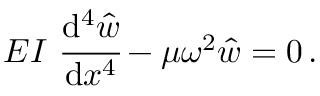
E I ~ { \cfrac { \mathrm { d } ^ { 4 } { \hat { w } } } { \mathrm { d } x ^ { 4 } } } - \mu \omega ^ { 2 } { \hat { w } } = 0 \, .